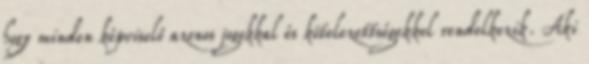
hogy minden képviselő azonos jogokkal és kötelezettségekkel rendelkezik. Aki